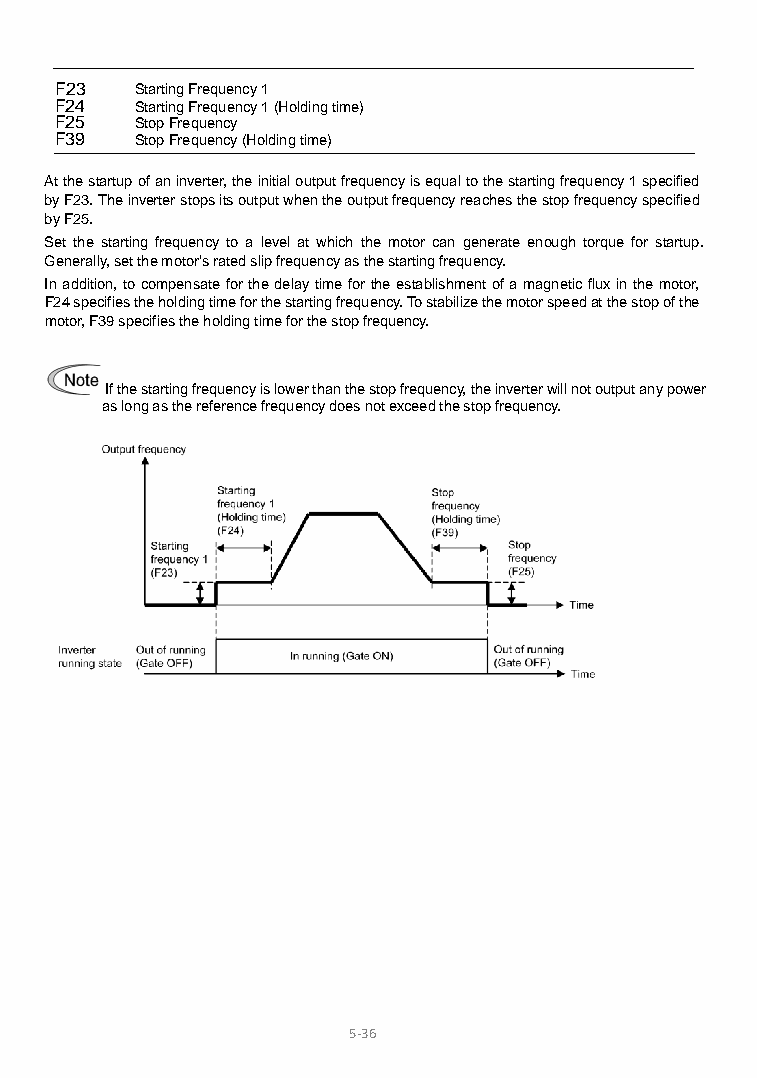
F23  Starting Frequency 1
 F24  Starting Frequency 1 (Holding time)
 F25  Stop Frequency
 F39  Stop Frequency (Holding time)
 At the startup of an inverter, the initial output frequency is equal to the starting frequency 1 specified
 by F23. The inverter stops its output when the output frequency reaches the stop frequency specified
 by F25.
 Set the starting frequency to a level at which the motor can generate enough torque for startup.
 Generally, set the motor's rated slip frequency as the starting frequency.
 In addition, to compensate for the delay time for the establishment of a magnetic flux in the motor,
 F24 specifies the holding time for the starting frequency. To stabilize the motor speed at the stop of the
 motor, F39 specifies the holding time for the stop frequency.
 If the starting frequency is lower than the stop frequency, the inverter will not output any power
 as long as the reference frequency does not exceed the stop frequency.
 5-36